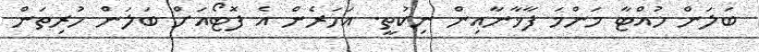
ބަލަން ހުއްޓާ މަންމަ ފާޚާނާއިން ނިކުތީ. އަހަރެން އެ ފޮޓޯއަށް ބަލަން ހުރިތަން